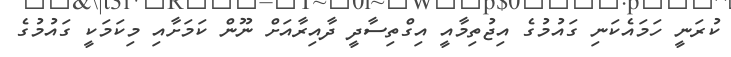
ކުރަނީ ހަމައެކަނި ގައުމުގެ އިޖުތިމާއީ އިގްތިސާދީ ދާއިރާއަށް ނޫން ކަމަށާއި މިކަމަކީ ގައުމުގެ